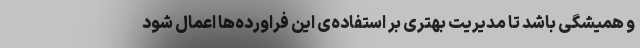
و همیشگی باشد تا مدیریت بهتری بر استفاده‌ی این فراورده‌ها اعمال شود